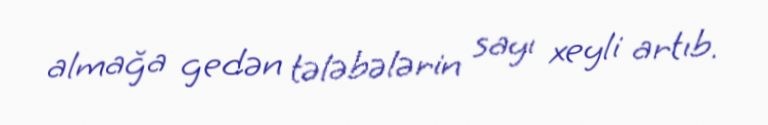
almağa gedən tələbələrin sayı xeyli artıb.